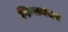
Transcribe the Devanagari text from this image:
फिरायचय